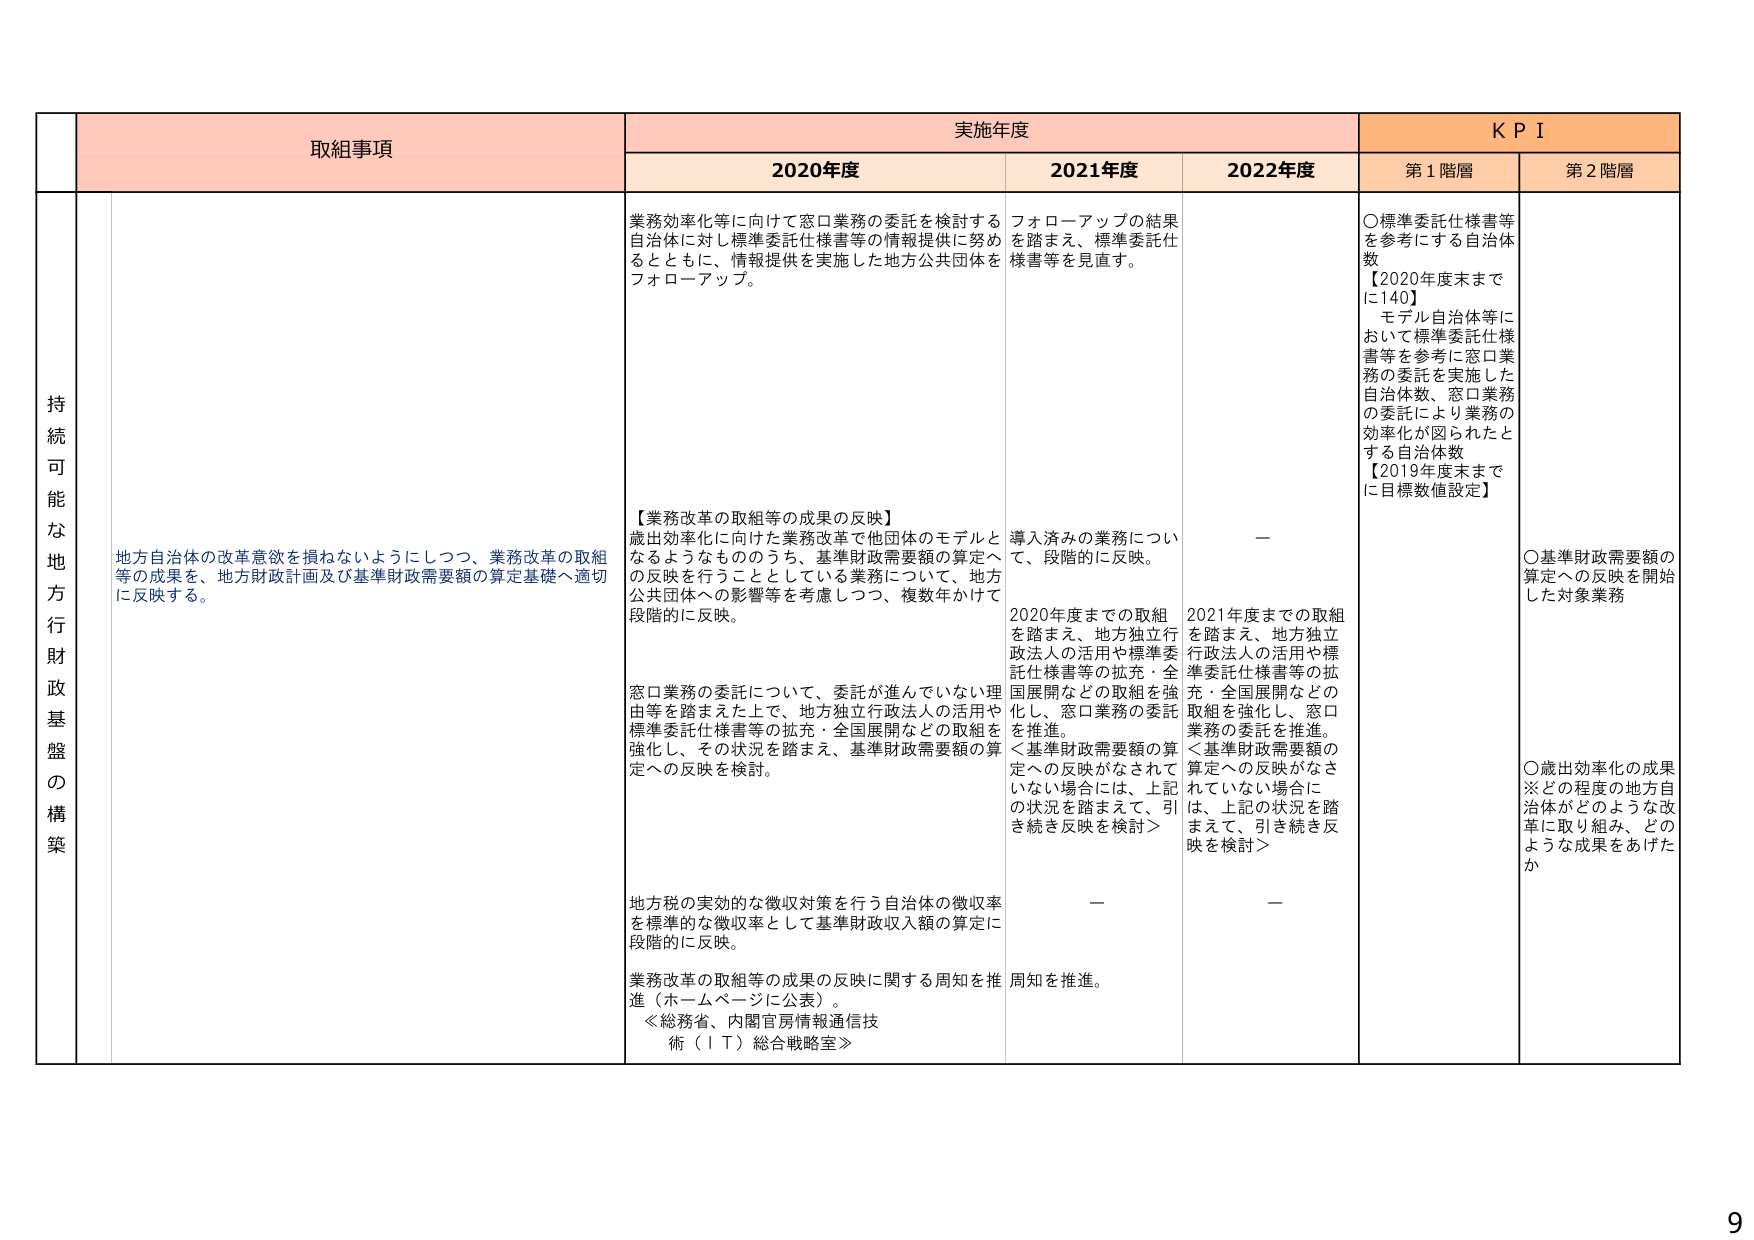
持続可能な地方行政財政基盤の構築
地方自治体の改革意欲を損ねないようにしつつ、業務改革の取組等の成果を、地方財政計画及び基準財政需要額の算定基礎へ適切に反映する。

取組事項
実施年度
KPI

2020年度
2021年度
2022年度
第1階層
第2階層

業務効率化等に向けて窓口業務の委託を検討する自治体に対し標準委託仕様書等の情報提供に努めるとともに、情報提供を実施した地方公共団体をフォローアップ。

フォローアップの結果を踏まえ、標準委託仕様書等を見直す。

○標準委託仕様書等を参考にする自治体数
【2020年度末までに140】
モデル自治体等において標準委託仕様書等を参考に窓口業務の委託を実施した自治体数、窓口業務の委託により業務の効率化が図られたとする自治体数
【2019年度末までに目標数値設定】

【業務改革の取組等の成果の反映】
歳出効率化に向けた業務改革で他団体のモデルとなるようなもののうち、基準財政需要額の算定への反映を行うこととしている業務について、地方公共団体への影響等を考慮しつつ、複数年かけて段階的に反映。

導入済みの業務について、段階的に反映。

—

○基準財政需要額の算定への反映を開始した対象業務

2020年度までの取組を踏まえ、地方独立行政法人の活用や標準委託仕様書等の拡充・全国展開などの取組を強化し、窓口業務の委託を推進。
＜基準財政需要額の算定への反映がなされていない場合には、上記の状況を踏まえて、引き続き反映を検討＞

2021年度までの取組を踏まえ、地方独立行政法人の活用や標準委託仕様書等の拡充・全国展開などの取組を強化し、窓口業務の委託を推進。
＜基準財政需要額の算定への反映がなされていない場合には、上記の状況を踏まえて、引き続き反映を検討＞

窓口業務の委託について、委託が進んでいない理由等を踏まえた上で、地方独立行政法人の活用や標準委託仕様書等の拡充・全国展開などの取組を強化し、その状況を踏まえ、基準財政需要額の算定への反映を検討。

地方税の実効的な徴収対策を行う自治体の徴収率を標準的な徴収率として基準財政収入額の算定に段階的に反映。

—
—

業務改革の取組等の成果の反映に関する周知を推進（ホームページに公表）。
≪総務省、内閣官房情報通信技術（IT）総合戦略室≫
周知を推進。

○歳出効率化の成果※どの程度の地方自治体がどのような改革に取り組み、どのような成果をあげたか

9